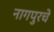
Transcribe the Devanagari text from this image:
नागपुरचे